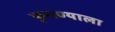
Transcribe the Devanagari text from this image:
फुगण्याला